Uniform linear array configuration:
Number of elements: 24
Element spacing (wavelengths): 1
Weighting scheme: blackman
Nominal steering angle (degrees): -60
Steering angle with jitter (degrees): -59.468
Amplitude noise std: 0.05
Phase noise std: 0.05

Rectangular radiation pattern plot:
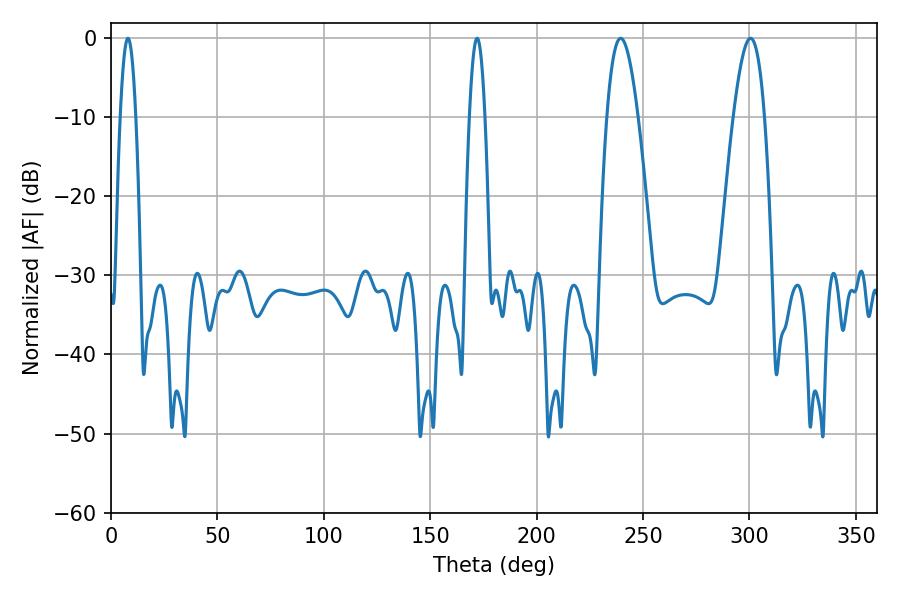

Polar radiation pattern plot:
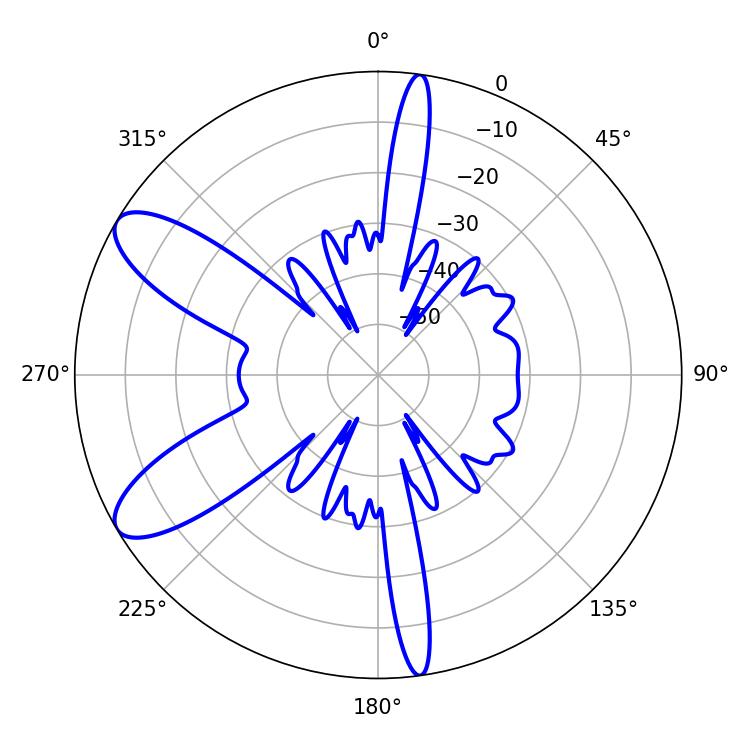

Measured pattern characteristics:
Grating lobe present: TRUE
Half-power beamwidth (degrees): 3.96
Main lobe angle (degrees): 7.92